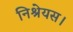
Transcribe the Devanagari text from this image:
निश्रेयस।